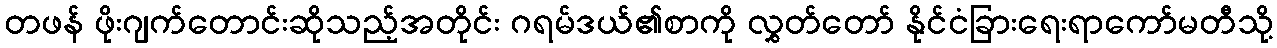
တဖန် ဖိုးဂျက်တောင်းဆိုသည့်အတိုင်း ဂရမ်ဒယ်၏စာကို လွှတ်တော် နိုင်ငံခြားရေးရာကော်မတီသို့